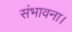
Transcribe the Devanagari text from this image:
संभावना।